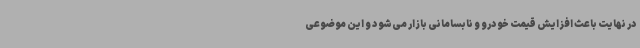
در نهایت باعث افزایش قیمت خودرو و نابسامانی بازار می‌شود و این موضوعی